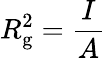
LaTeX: R_{\mathrm{g}}^{2}={\frac{I}{A}}